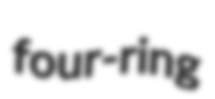
four-ring